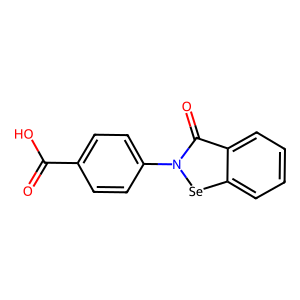
SMILES: O=C(O)c1ccc(-n2[se]c3ccccc3c2=O)cc1
Inhibits HIV replication: Yes